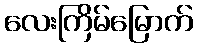
လေးကြိမ်မြောက်